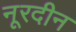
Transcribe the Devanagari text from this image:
नूरदीन